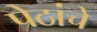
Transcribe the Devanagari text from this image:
पेठांचे